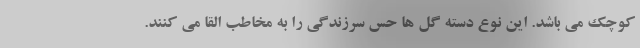
کوچک می باشد. این نوع دسته گل ها حس سرزندگی را به مخاطب القا می کنند.